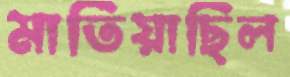
মাতিয়াছিল